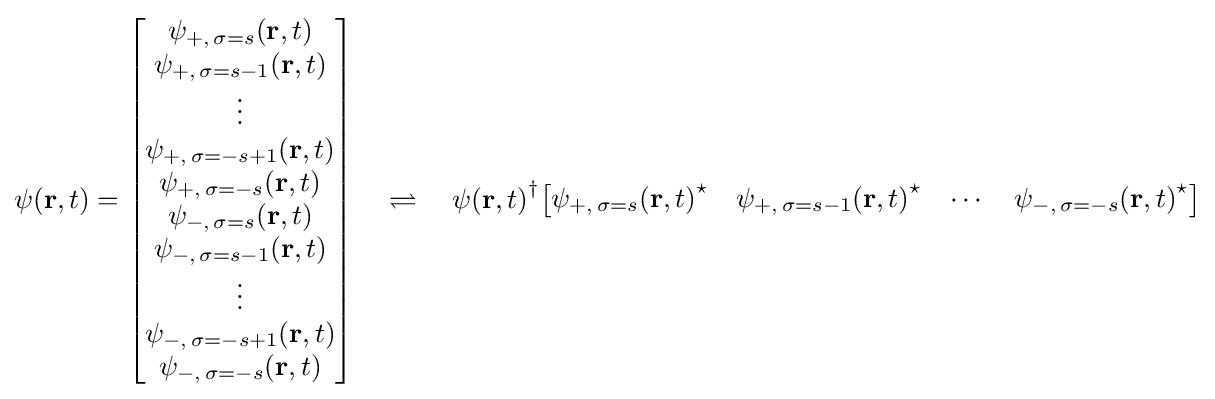
\psi (\mathbf {r} ,t)={\begin{bmatrix}\psi _{+,\,\sigma =s}(\mathbf {r} ,t)\\\psi _{+,\,\sigma =s-1}(\mathbf {r} ,t)\\\vdots \\\psi _{+,\,\sigma =-s+1}(\mathbf {r} ,t)\\\psi _{+,\,\sigma =-s}(\mathbf {r} ,t)\\\psi _{-,\,\sigma =s}(\mathbf {r} ,t)\\\psi _{-,\,\sigma =s-1}(\mathbf {r} ,t)\\\vdots \\\psi _{-,\,\sigma =-s+1}(\mathbf {r} ,t)\\\psi _{-,\,\sigma =-s}(\mathbf {r} ,t)\end{bmatrix}}\quad \rightleftharpoons \quad {\psi (\mathbf {r} ,t)}^{\dagger }{\begin{bmatrix}{\psi _{+,\,\sigma =s}(\mathbf {r} ,t)}^{\star }&{\psi _{+,\,\sigma =s-1}(\mathbf {r} ,t)}^{\star }&\cdots &{\psi _{-,\,\sigma =-s}(\mathbf {r} ,t)}^{\star }\end{bmatrix}}